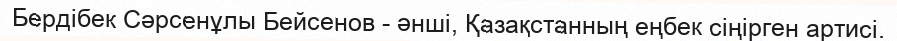
Бердібек Сәрсенұлы Бейсенов - әнші, Қазақстанның еңбек сіңірген артисі.